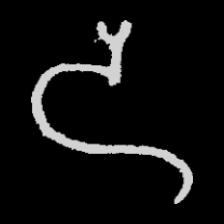
Pyu character \u2014 Myanmar letter: ဒ (romanized: da)